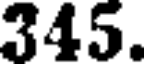
345.